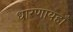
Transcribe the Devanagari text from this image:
धारणायहाँ